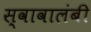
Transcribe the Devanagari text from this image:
स्वावालंबी